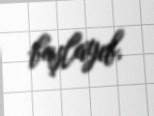
başlayıb.